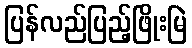
ပြန်လည်ပြည့်ဖြိုးမြဲ